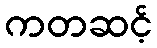
ကတဆင့်